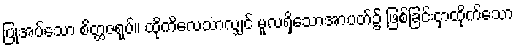
ပြုအပ်သော စိတ္တဇရုပ်။ ထိုကိလေသာလျှင် မူလရှိသောအာပတ်၌ ဖြစ်ခြင်းငှာထိုက်သော